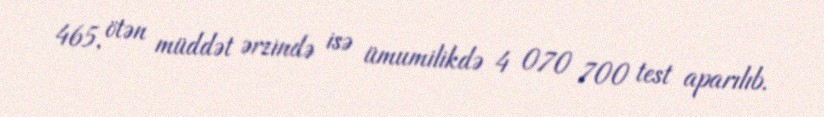
465, ötən müddət ərzində isə ümumilikdə 4 070 700 test aparılıb.